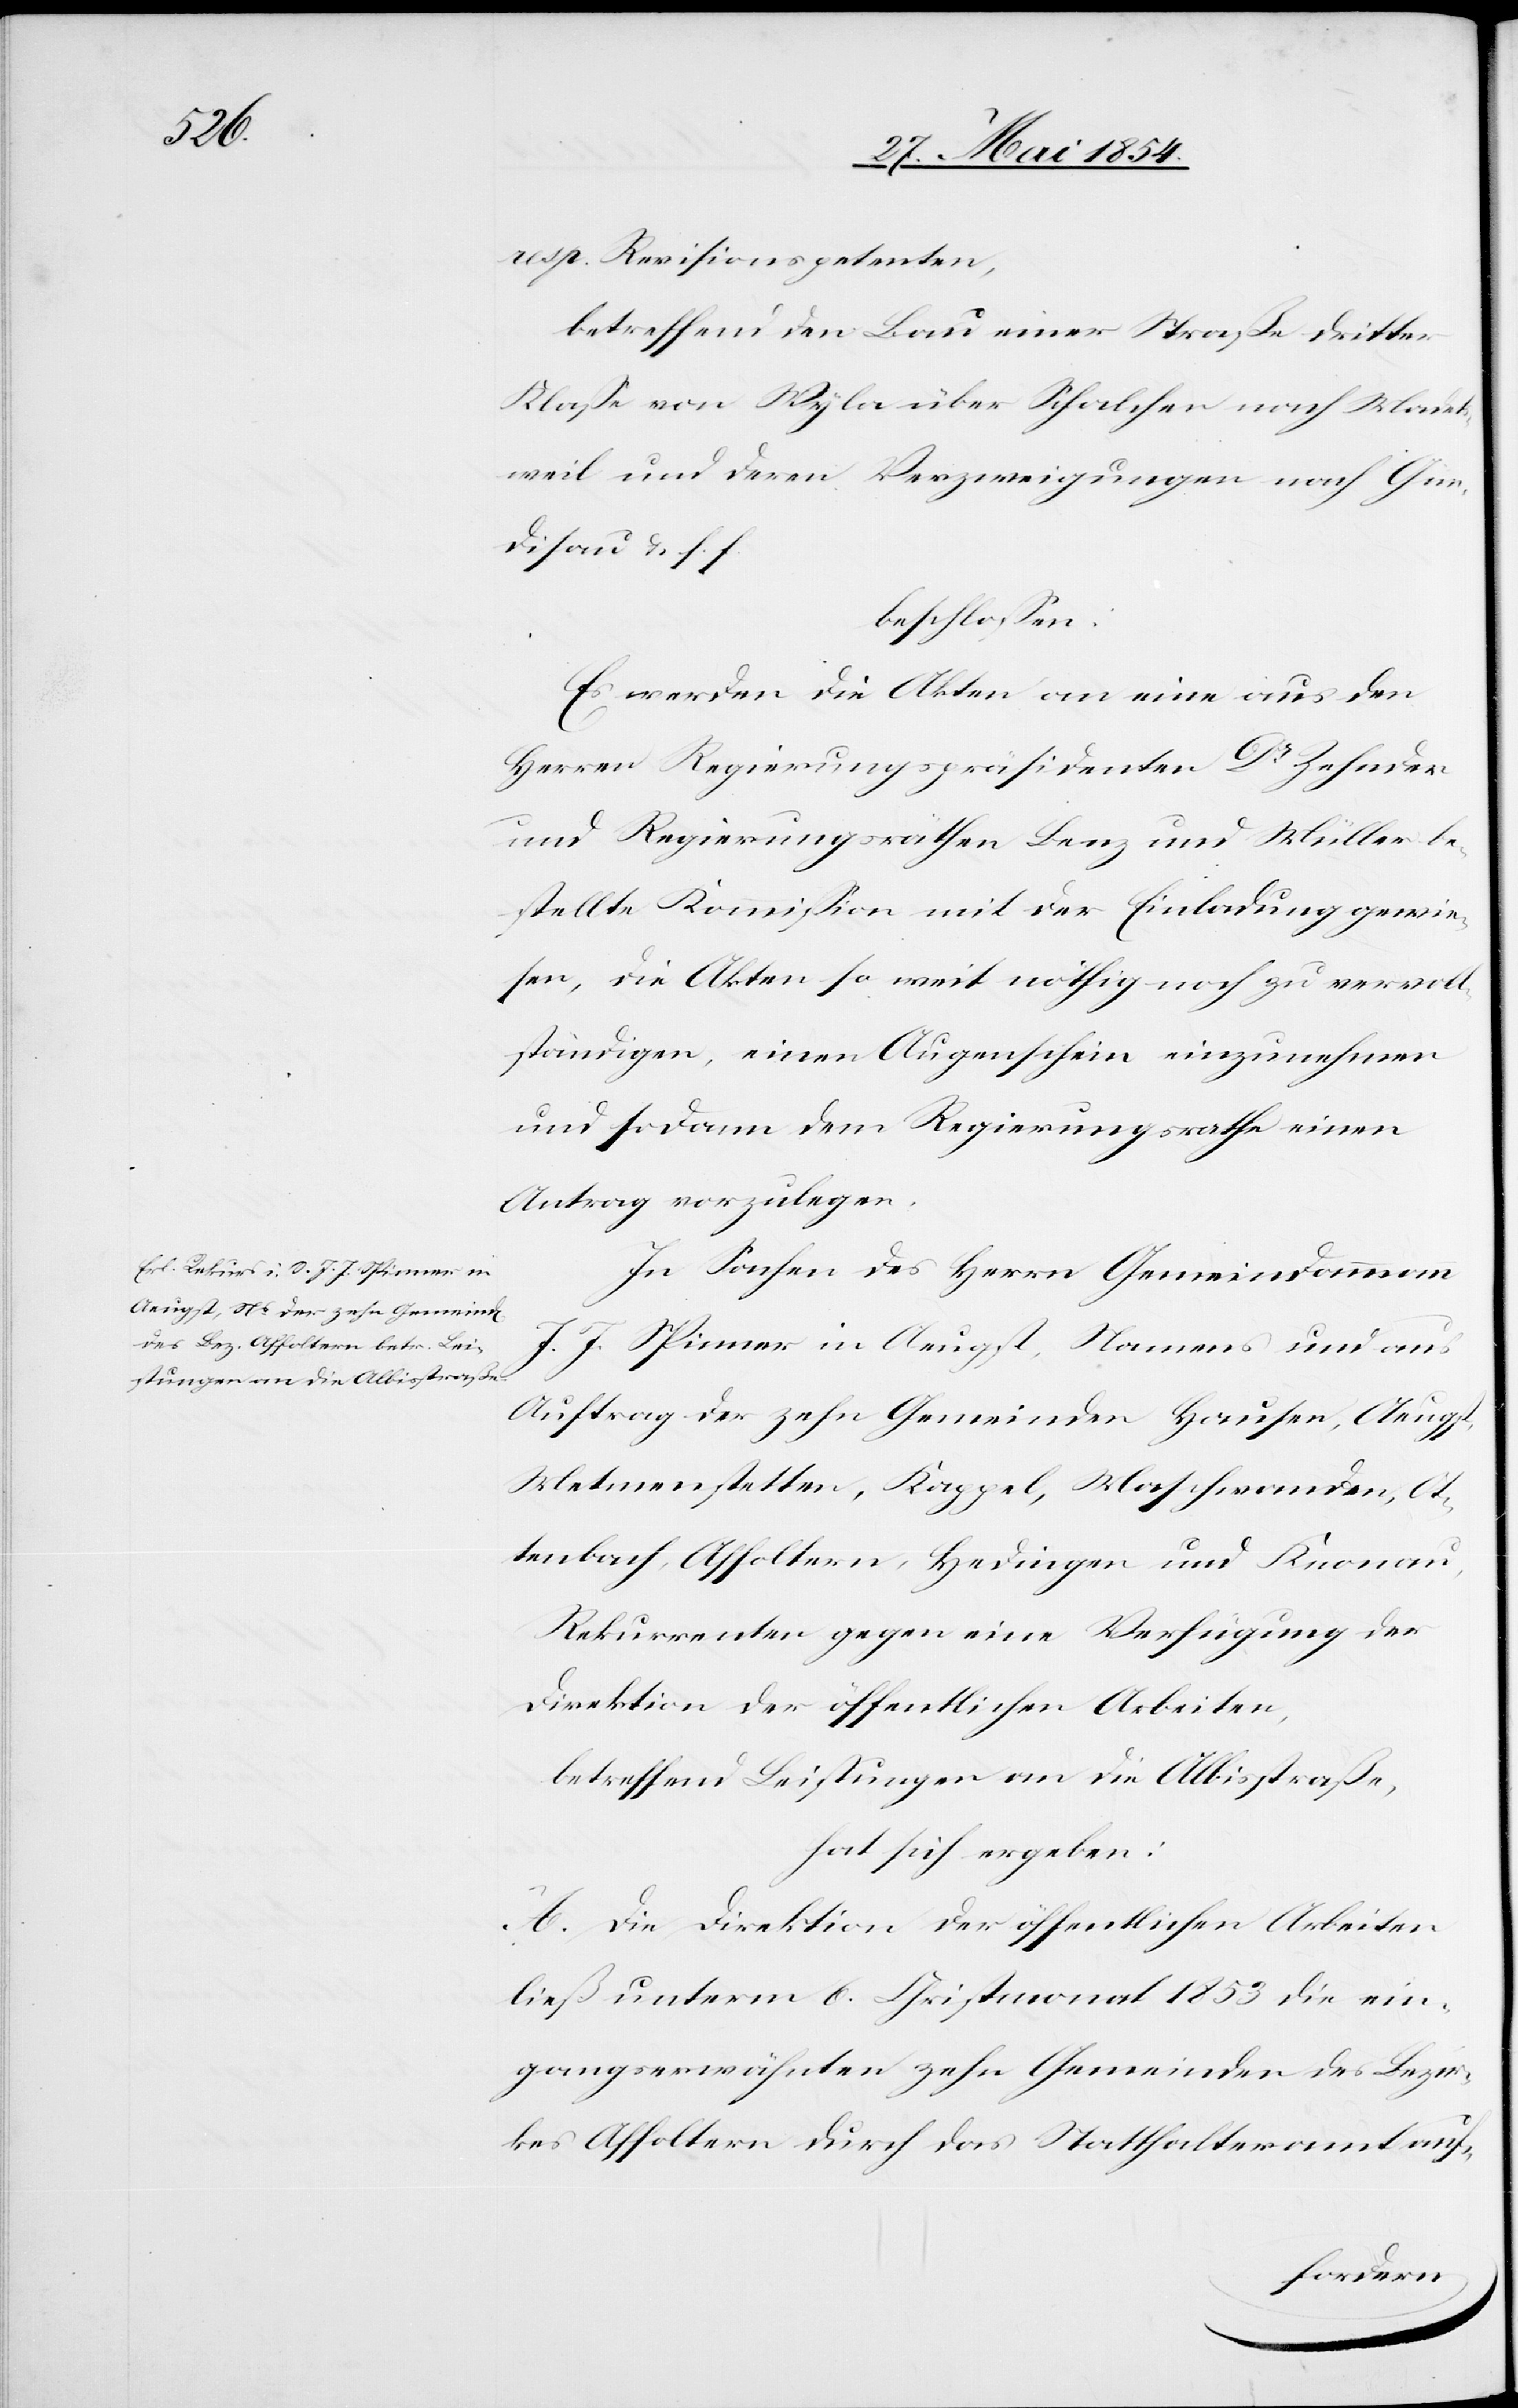
resp. Revisionspetenten,
betreffend den Bau einer Straße dritter
Klaße von Wyla über Schalchen nach Madets¬
weil und deren Verzweigungen nach Gün¬
disau u. s. f.
beschloßen:
Es werden die Akten an eine aus den
Herren Regierungspräsidenten Dr Zehnder
und Regierungsräthen Benz und Müller be¬
stellte Kommißion mit der Einladung gewie¬
sen, die Akten so weit nöthig noch zu vervoll¬
ständigen, einen Augenschein einzunehmen
und sodann dem Regierungsrathe einen
Antrag vorzulegen.
In Sachen des Herrn Gemeindammann
J. J. Spinner in Aeugst, Namens und aus
Auftrag der zehn Gemeinden Hausen, Aeugst,
Met[t]menstetten, Kappel, Maschwanden, Ot¬
tenbach, Affoltern, Hedingen und Knonau,
Rekurrenten gegen eine Verfügung der
Direktion der öffentlichen Arbeiten,
betreffend Leistungen an die Albisstraße,
hat sich ergeben:
A. Die Direktion der öffentlichen Arbeiten
ließ unterm 6. Christmonat 1853 die ein¬
gangserwähnten zehn Gemeinden des Bezir¬
kes Affoltern durch das Statthalteramt auf-